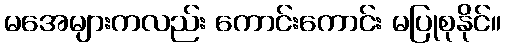
မအေများကလည်း ကောင်းကောင်း မပြုစုနိုင်။